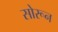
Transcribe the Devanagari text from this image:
सोरून